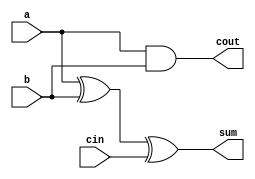
module full_adder6(a,b,cin,sum,cout);
input a,b,cin;
output sum,cout;
assign sum = a^b^cin;
assign cout = a&b|cin&(1'b0); 
// initial begin
//     $display("The incorrect adder with or0 and and1 having out/0 and in1/0");
// end   
endmodule